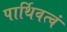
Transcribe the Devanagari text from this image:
पार्थिवत्वं